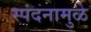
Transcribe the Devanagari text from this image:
स्पंदनामुळे